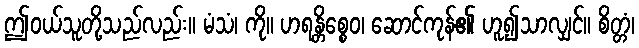
ဤဝယ်သူတို့သည်လည်း။ မံသံ၊ ကို။ ဟရန္တိစ္စေဝ၊ ဆောင်ကုန်၏ ဟူ၍သာလျှင်။ စိတ္တံ၊